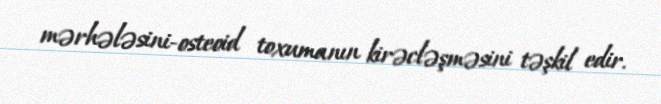
mərhələsini-osteoid toxumanın kirəcləşməsini təşkil edir.